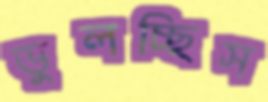
ভুলচ্ছিস